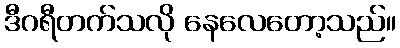
ဒီဂရီတက်သလို နေလေတော့သည်။